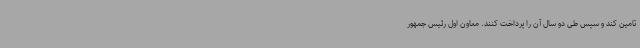
تامین کند و سپس طی دو سال آن را پرداخت کنند. معاون اول رئیس جمهور